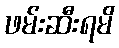
ဖမ်းဆီးရမိ